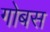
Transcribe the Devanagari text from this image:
गोबस